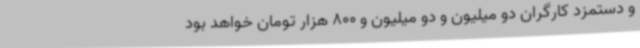
و دستمزد کارگران دو میلیون و دو میلیون و 800 هزار تومان خواهد بود